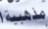
مذهببة